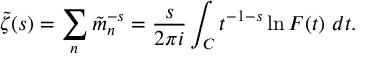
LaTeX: \tilde { \zeta } ( s ) = \sum _ { n } \tilde { m } _ { n } ^ { - s } = { \frac { s } { 2 \pi i } } \int _ { \cal C } t ^ { - 1 - s } \ln F ( t ) \ d t .